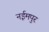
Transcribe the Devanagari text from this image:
नईमपुर